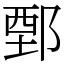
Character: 鄄